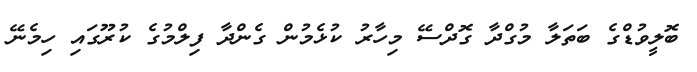
ބޮލީވުޑްގެ ބަތަލާ މުގްދާ ގޮދްސޭ މިހާރު ކުޅެމުން ގެންދާ ފިލްމުގެ ކުރޫގައި ހިމެނޭ